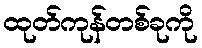
ထုတ်ကုန်တစ်ခုကို